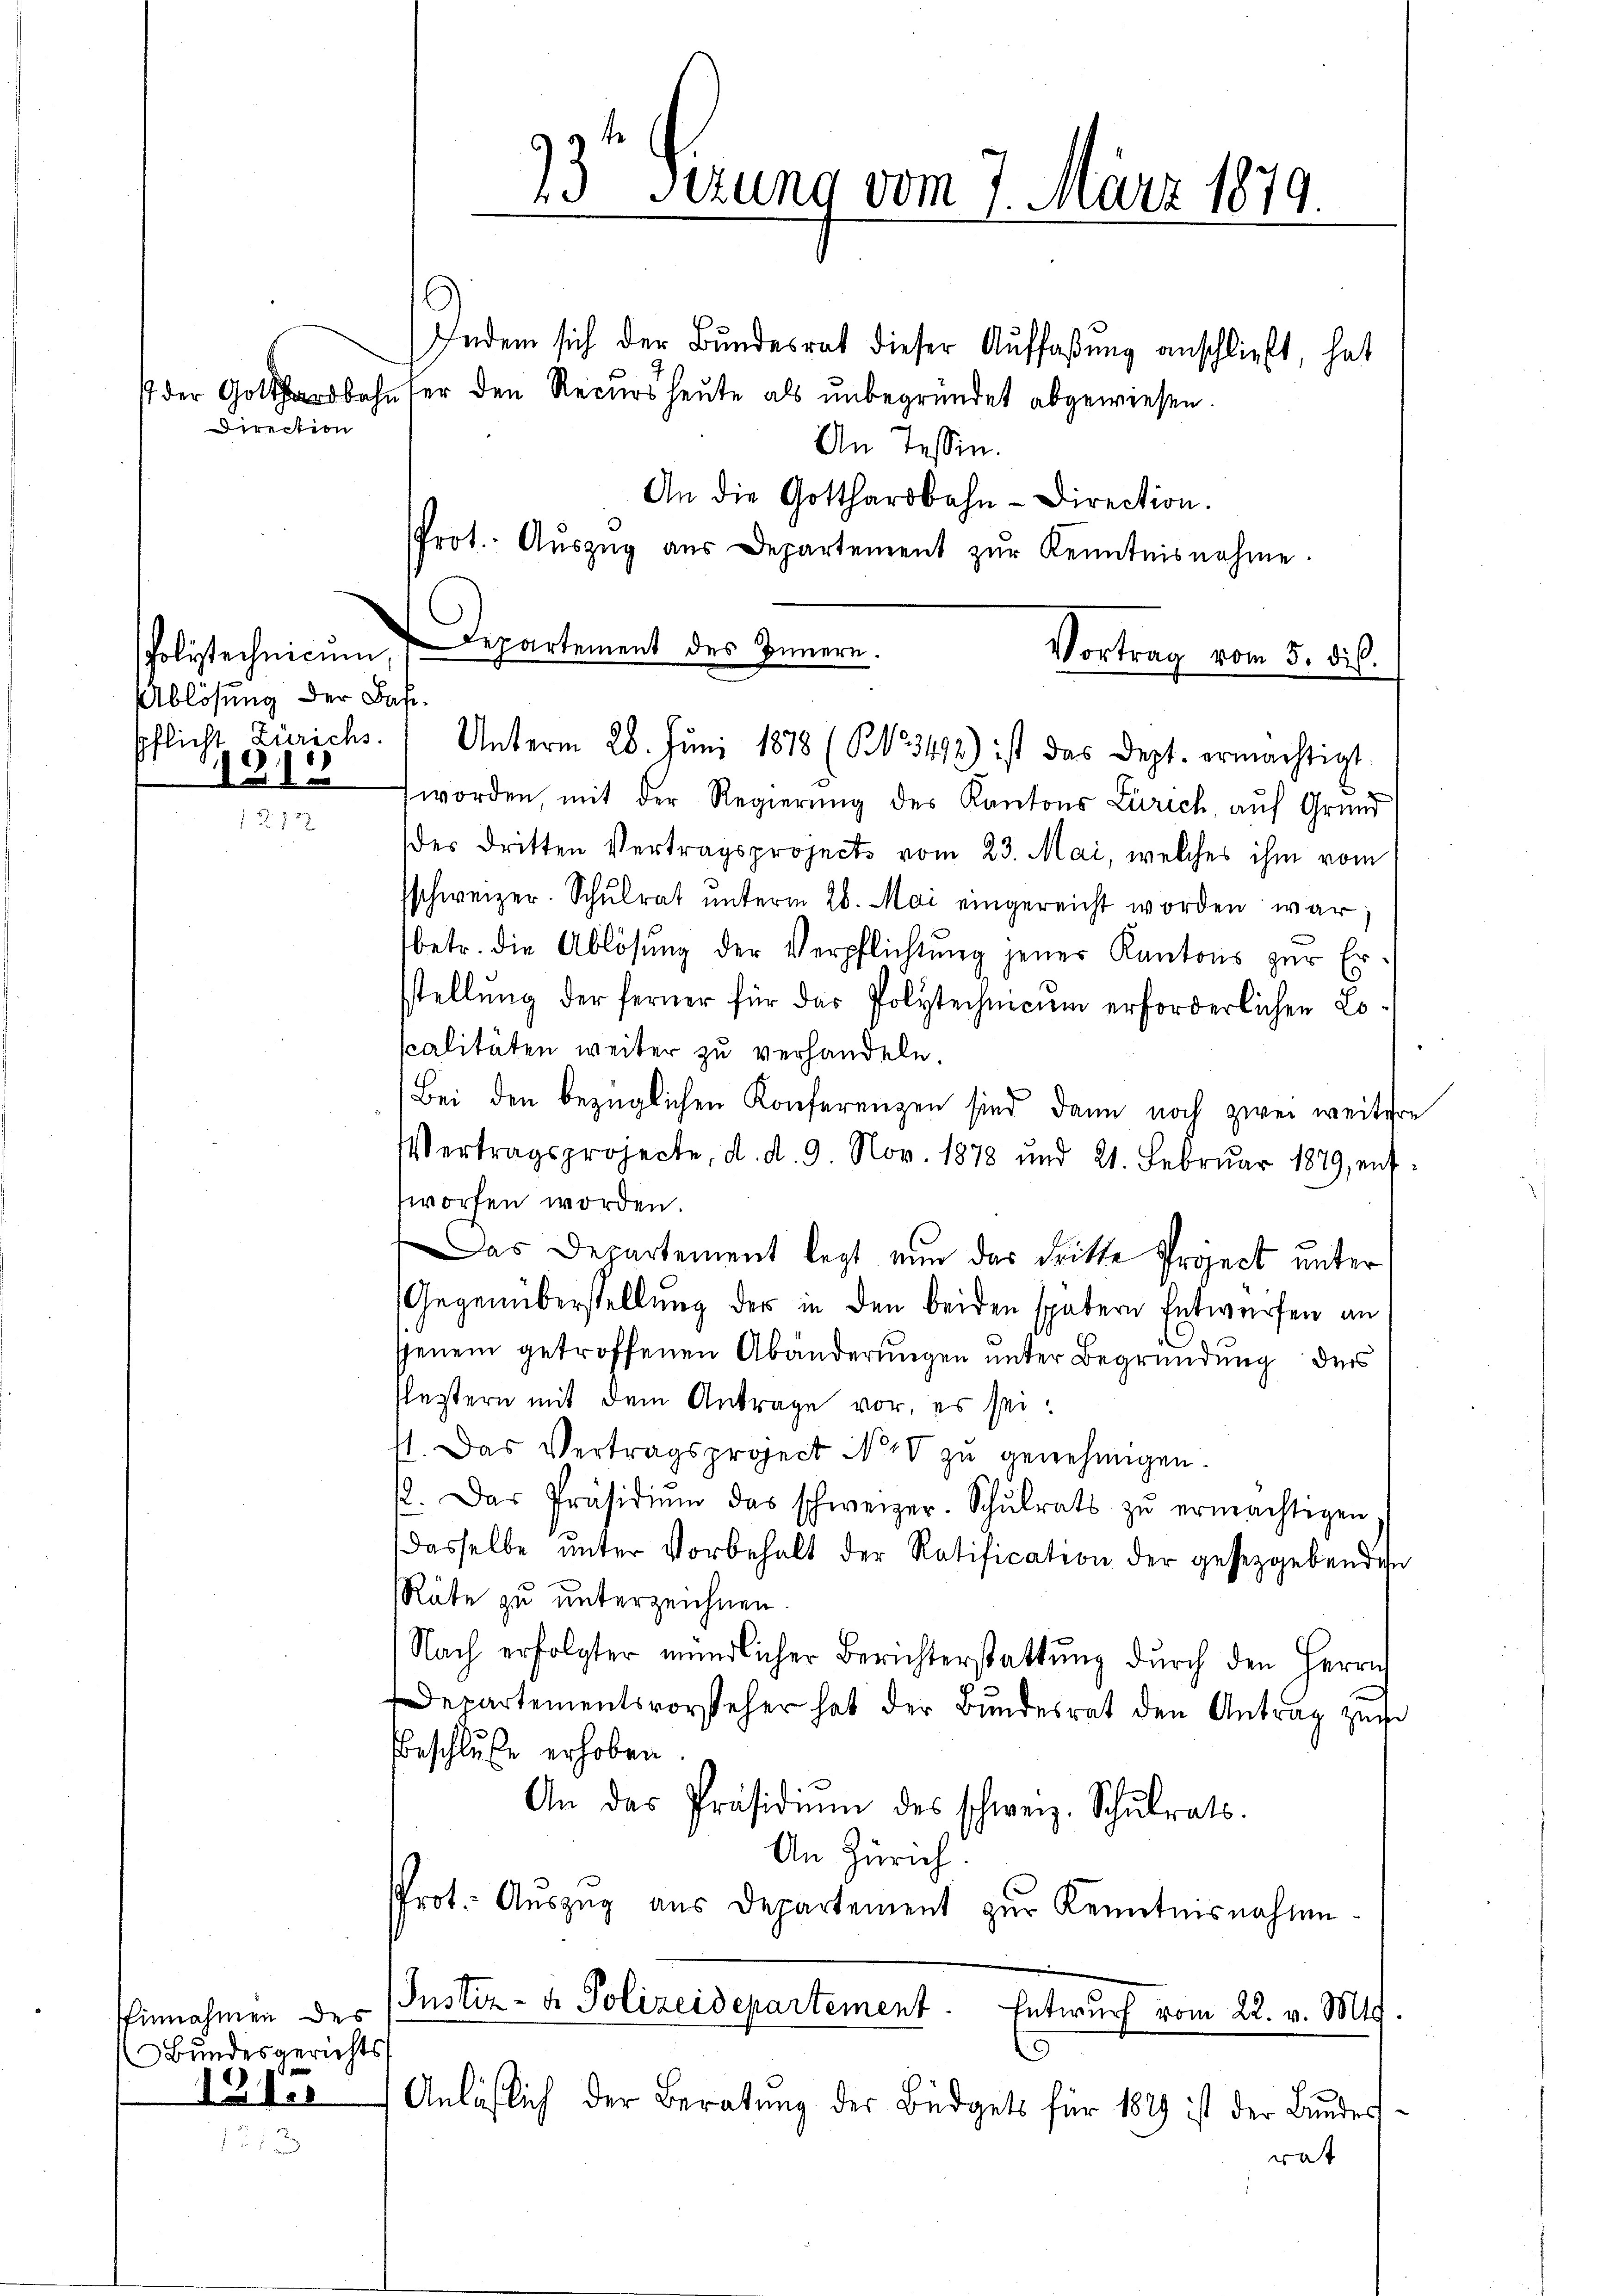
Direction

Ablösung der Base¬
1915

Einnahmen des
Bundesgericht
1215

Indem sich der Bundesrat dieser Auffaßung anschließt, hat
st der Gotthardbahnser den Recurs heute als unbegründet abgewiesen.
An Tessin.
An die Gotthardbahn-Direction.
Prot. Aŭszŭg aŭs Departement zŭr Kenntnisnahme.
sholistechnicum Departement des Innern.
Vortrag vom 5. di
¬
worden, mit der Regierŭng des Kantons Zürich, auf Grund
der dritten Vertragsprojects vom 23. Mai, welches ihm vom
schweizer. Schŭlrat ŭnterm 26. Mai eingereicht worden war,
betr. die Ablösung der Verpflichtung jenes Kantons zur
Er.
stellung der ferner für das Polytechnicum erforderlichen Loscalitäten weiter zu verhandeln.
Bei den bezüglichen Konferenzen sind dann noch zwei weitere
Vertragsprojecte, d. d. 9. Nov. 1878 und 21. Febrŭar 1879, ent-
worfen worden.
Das Departement legt nun das dritte Project unter
Gegenüberstellung der in den beiden spätern Entwürfen an
jenem getroffenen Abänderungen unter Begründung der
estern mit dem Antrage vor, es sei.
st. Das Vertragsproject N. V zu genehmigen.
. Das Präsidiŭm das schweizer. Schŭlrats zŭ ermächtigen
Dasselbe ŭnter Vorbehalt der Ratification der gesetzgebenden
Rüte zu unterzeichnen.
Nach erfolgter mündlicher Berichterstattŭng dŭrch den Herrn
Departementsvorsteher hat der Bŭndesrat den Antrag zur
Beschluße erhoben.
An das Präsidiŭm des schweiz. Schŭlrats.
An Zürich:
Prot. Aŭszŭg aŭs Departement zŭr Kenntnisnahme.
Justiz- & Polizeidepartement. Entwurf vom 22. v. Mts.
¬
c
Anläßlich der Beratung der Büdgets für 1889 ist der Bundes
rat

23t Sezung vom 7. März 1879.

pflicht Zürichs. Unterm 28. Juni 1878 (13492) ist das Dept. ermächtigt.